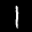
Label: 1